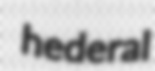
hederal